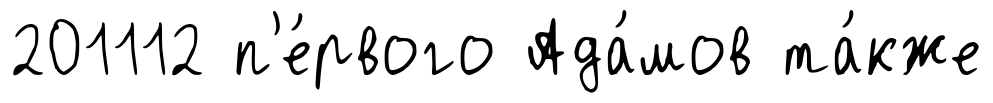
201112 п'е́рвого Ада́мов та́кже